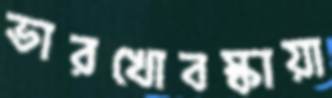
ভারখোবস্কায়া